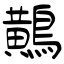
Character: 鷬